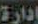
إدارة